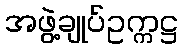
အဖွဲ့ချုပ်ဥက္ကဋ္ဌ